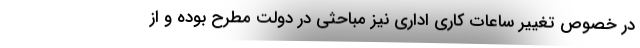
در خصوص تغییر ساعات کاری اداری نیز مباحثی در دولت مطرح بوده و از